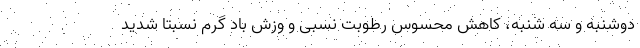
دوشنبه و سه شنبه، کاهش محسوس رطوبت نسبی و وزش باد گرم نسبتاً شدید